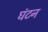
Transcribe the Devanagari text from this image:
घंटन